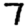
Digit: 7